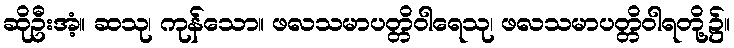
ဆိုဦးအံ့။ ဆသု၊ ကုန်သော။ ဖလသမာပတ္တိဝါရေသု၊ ဖလသမာပတ္တိဝါရတို့၌။